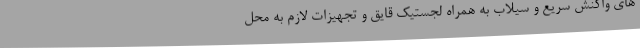
های واکنش سریع و سیلاب به همراه لجستیک قایق و تجهیزات لازم به محل